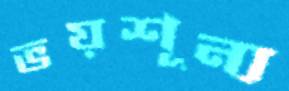
ভয়শূন্য